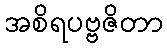
အစိရပဗ္ဗဇိတာ